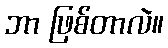
ဘာ ဖြစ်တာလဲ။